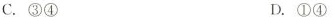
C.③④ D.①④